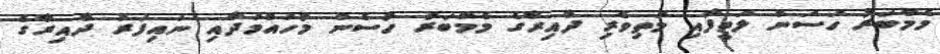
މެމްބަރު ހަސަން ލަތީފާއި މަތިވެރި ދާއިރާގެ މެމްބަރު ހުސެން މުހައްމަދާއި ނައިފަރު ދާއިރާގެ